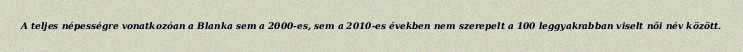
A teljes népességre vonatkozóan a Blanka sem a 2000-es, sem a 2010-es években nem szerepelt a 100 leggyakrabban viselt női név között.